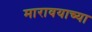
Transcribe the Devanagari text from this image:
मारावयाच्या